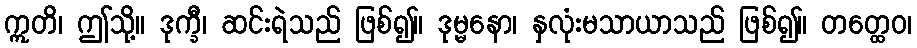
ဣတိ၊ ဤသို့။ ဒုက္ခီ၊ ဆင်းရဲသည် ဖြစ်၍။ ဒုမ္မနော၊ နှလုံးမသာယာသည် ဖြစ်၍။ တတ္ထေဝ၊